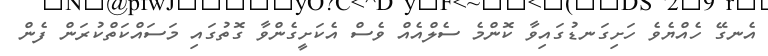
އެނގޭ ހެއްޔެވެ ހަށިގަނޑުގައިވާ ކޮންމެ ސެލްއެއް ވެސް އެކަށީގެންވާ ގޮތުގައި މަސައްކަތްކުރަން ފެން